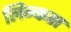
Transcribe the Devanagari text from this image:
लिन्कस